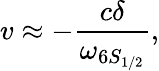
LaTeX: v\approx-\frac{c\delta}{\omega_{6S_{1/2}}},